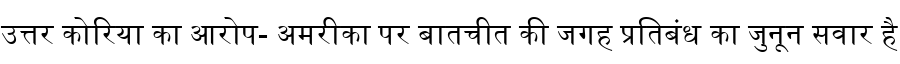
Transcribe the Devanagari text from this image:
उत्तर कोरिया का आरोप- अमरीका पर बातचीत की जगह प्रतिबंध का जुनून सवार है